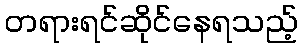
တရားရင်ဆိုင်နေရသည့်